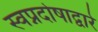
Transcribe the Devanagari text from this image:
स्वप्नदोषाद्वारे